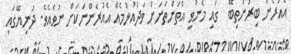
އެއުރެން ބިރުންތިބޭ  ގައި މެނުވީ އެތަންތަނަށް ވަދެއުޅުމެއް އެއުރެންނަކަށް ނުވެއެވެ. ދުނިޔޭގައި